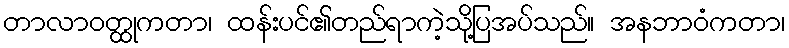
တာလာဝတ္ထုကတာ၊ ထန်းပင်၏တည်ရာကဲ့သို့ပြအပ်သည်။ အနဘာဝံကတာ၊